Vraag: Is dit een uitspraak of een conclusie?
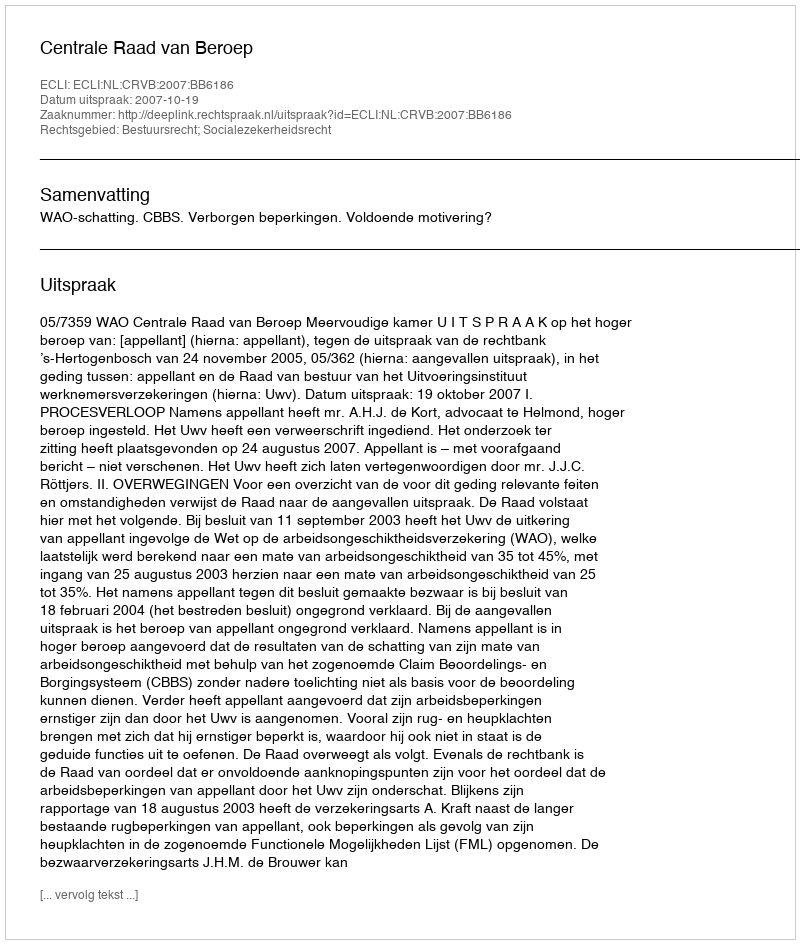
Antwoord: Uitspraak